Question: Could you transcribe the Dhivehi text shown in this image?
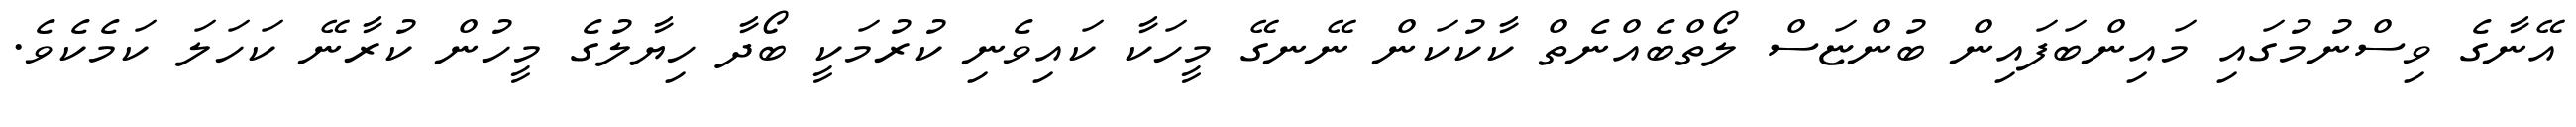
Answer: އޭނާގެ ވިސްނުމުގައި މައިންބަފައިން ބުންޏަސް ލޯތްބެއްނެތް ކާކުކަން ނޭނގޭ މީހަކާ ކައިވެނި ކުރުމަކީ ބޯދާ ހިޔާލުގެ މީހުން ކުރާނޭ ކަހަލަ ކަމެކެވެ.